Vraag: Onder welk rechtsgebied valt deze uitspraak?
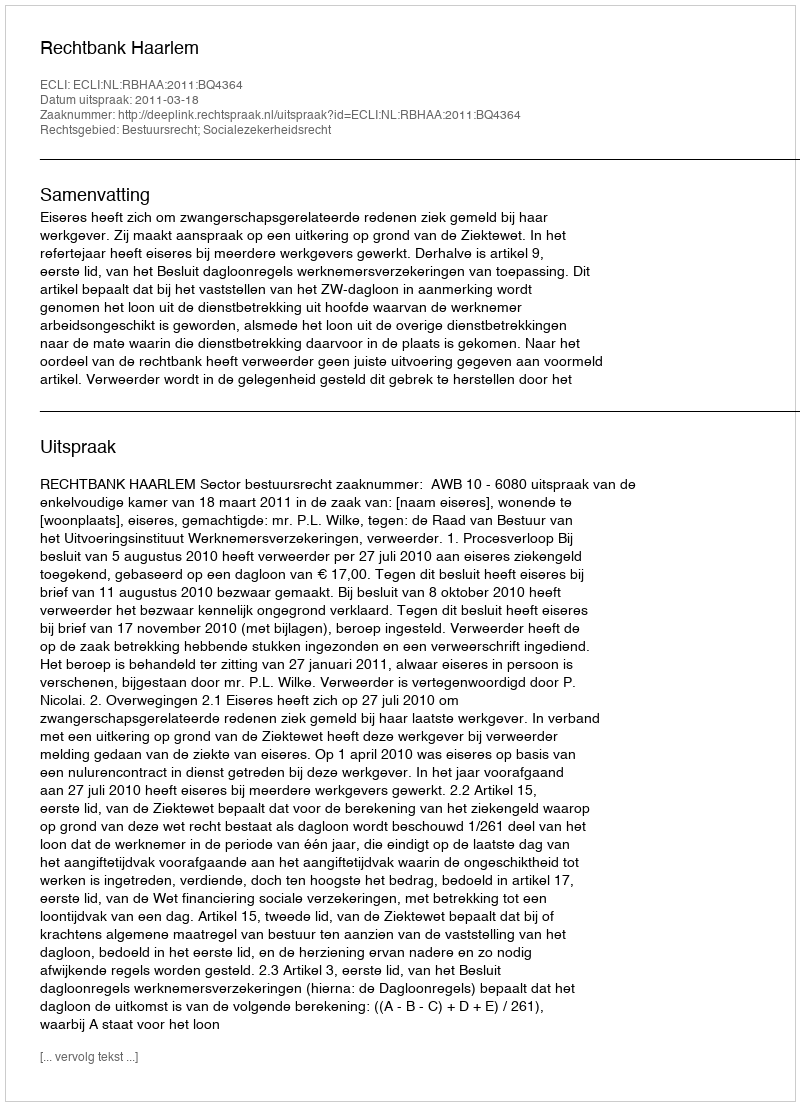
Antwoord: Bestuursrecht; Socialezekerheidsrecht